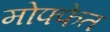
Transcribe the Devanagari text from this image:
मोफ्फेत